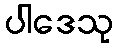
ပါဒေသု